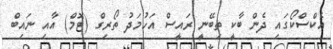
އެކްސްކޯގައި ދެން ބާކީ ތިބޭނީ ރައީސް އަހުމަދު ތޯރިގް (ޓޮމް) އާއި ނައިބް